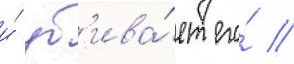
и́ уб'ива́ет его́ /